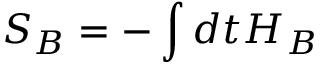
S _ { B } = - \int d t H _ { B }